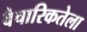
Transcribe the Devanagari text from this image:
वैचारिकतेला